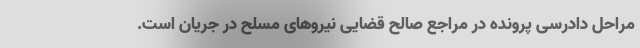
مراحل دادرسی پرونده در مراجع صالح قضایی نیروهای مسلح در جریان است.